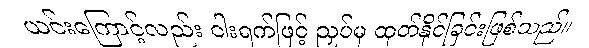
ယင်းကြောင့်လည်း ငါးရက်ဖြင့် ညှပ်မှ ထုတ်နိုင်ခြင်းဖြစ်သည်။